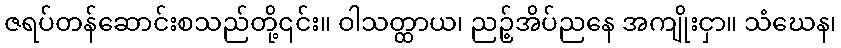
ဇရပ်တန်ဆောင်းစသည်တို့၎င်း။ ဝါသတ္ထာယ၊ ညဉ့်အိပ်ညနေ အကျိုးငှာ။ သံဃေန၊